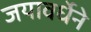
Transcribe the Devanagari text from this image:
जयावर्धेने